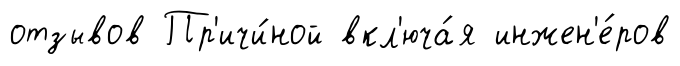
отзывов Пр'ичи́ной вкл'юча́я инжен'е́ров